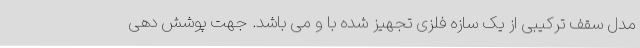
مدل سقف ترکیبی از یک سازه فلزی تجهیز شده با و می باشد. جهت پوشش دهی